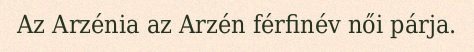
Az Arzénia az Arzén férfinév női párja.